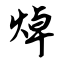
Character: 焯